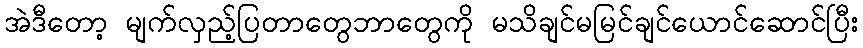
အဲဒီတော့ မျက်လှည့်ပြတာတွေဘာတွေကို မသိချင်မမြင်ချင်ယောင်ဆောင်ပြီး